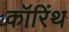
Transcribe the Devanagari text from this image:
कॉरिंथ